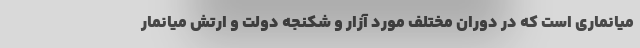
میانماری است که در دوران مختلف مورد آزار و شکنجه دولت و ارتش میانمار